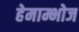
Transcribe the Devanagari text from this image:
हेमाम्भोज